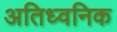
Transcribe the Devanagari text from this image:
अतिध्वनिक